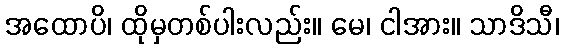
အထောပိ၊ ထိုမှတစ်ပါးလည်း။ မေ၊ ငါအား။ သာဒိသီ၊